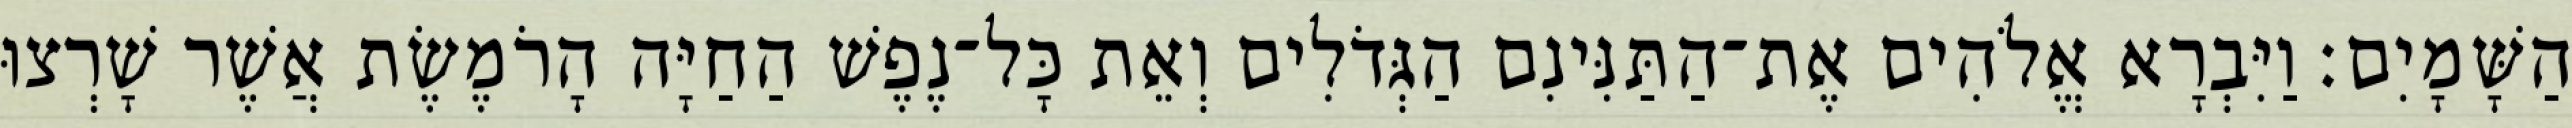
הַשָּׁמָיִם׃ וַיִּבְרָא אֱלֹהִים אֶת־הַתַּנִּינִם הַגְּדֹלִים וְאֵת כָּל־נֶפֶשׁ הַחַיָּה הָרֹמֶשֶׂת אֲשֶׁר שָׁרְצוּ